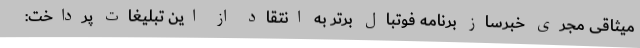
میثاقی مجری خبرساز برنامه فوتبال برتر به انتقاد از این تبلیغات پرداخت: